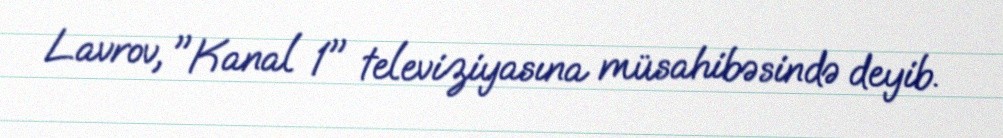
Lavrov, "Kanal 1" televiziyasına müsahibəsində deyib.